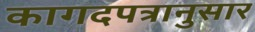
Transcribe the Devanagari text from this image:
कागदपत्रानुसार